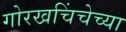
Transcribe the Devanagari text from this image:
गोरखचिंचेच्या